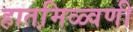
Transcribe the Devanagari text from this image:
हातमि़ळ्वणी